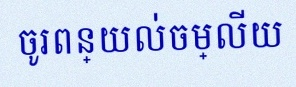
ចូរពន្យល់ចម្លើយ